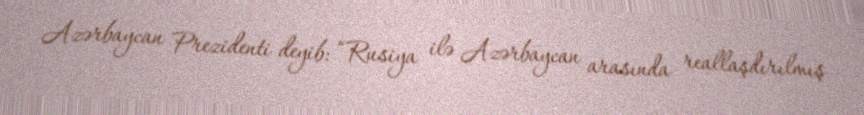
Azərbaycan Prezidenti deyib: “Rusiya ilə Azərbaycan arasında reallaşdırılmış